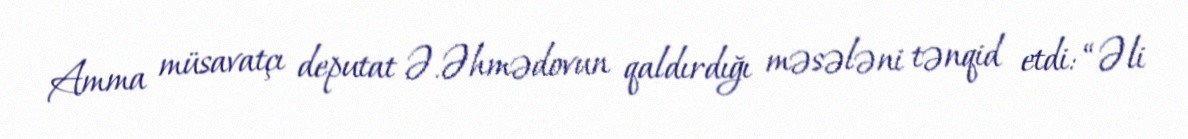
Amma müsavatçı deputat Ə.Əhmədovun qaldırdığı məsələni tənqid etdi: “Əli